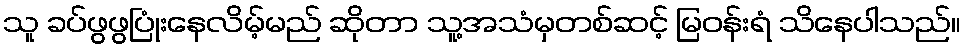
သူ ခပ်ဖွဖွပြုံးနေလိမ့်မည် ဆိုတာ သူ့အသံမှတစ်ဆင့် မြဝန်းရံ သိနေပါသည်။